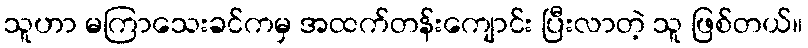
သူဟာ မကြာသေးခင်ကမှ အထက်တန်းကျောင်း ပြီးလာတဲ့ သူ ဖြစ်တယ်။